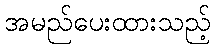
အမည်ပေးထားသည့်